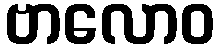
ဗာလောဝ